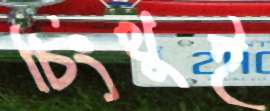
চিংথুই